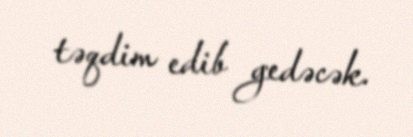
təqdim edib gedəcək.